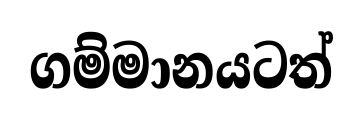
ගම්මානයටත්